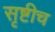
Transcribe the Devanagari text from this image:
सृष्टीच